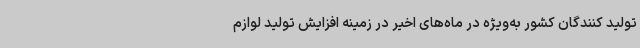
تولید کنندگان کشور به‌ویژه در ماه‌های اخیر در زمینه افزایش تولید لوازم